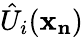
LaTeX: \hat{U}_{i}(\mathbf{x_{n}})